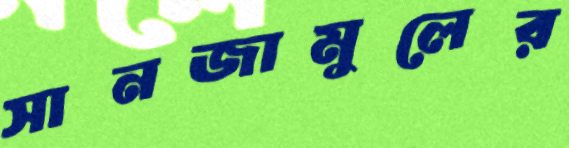
সানজামুলের